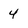
Character: 4